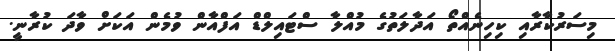
މިސަރުކާރާއި ކިހިނެއްތޯ އަދާލަތުގެ މުއްލާ ސްޓައިލްޑް އަފްއާން ވުމެން އަކަށް ވާދަ ކުރާނީ.